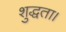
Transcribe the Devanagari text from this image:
शुद्धता।